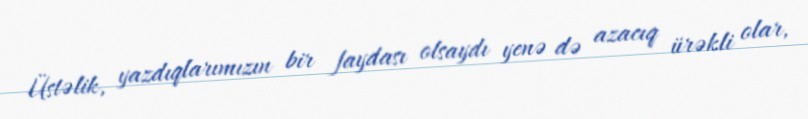
Üstəlik, yazdıqlarımızın bir faydası olsaydı yenə də azacıq ürəkli olar,